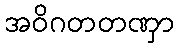
အဝိဂတတဏှာ